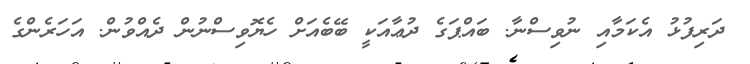
ދަރިފުޅު އެކަމާއި ނުވިސްނާ. ބައްޕަގެ ދުޢާއަކީ ބޭބެއަށް ހެޔޮވިސްނުން ދެއްވުން. އަހަރެންގެ